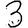
Digit: 3